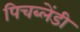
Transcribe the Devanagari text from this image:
पिचब्लेंडी